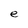
Character: e